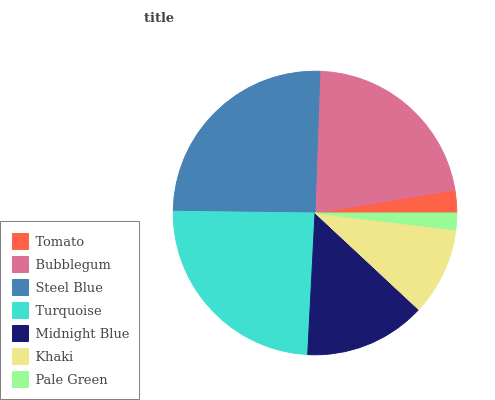
| Tomato | Bubblegum | Steel Blue | Turquoise | Midnight Blue | Khaki | Pale Green |
 | --- | --- | --- | --- | --- | --- | --- |
 | 2.6% | 21.8% | 25.3% | 24.4% | 13.9% | 10% | 1.93% |